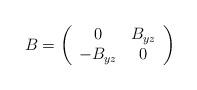
LaTeX: \begin{align*}B = \left( \begin{array}{cc}0 & B_{yz} \\-B_{yz} & 0 \end{array} \right)\end{align*}